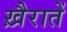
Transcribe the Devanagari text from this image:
ख़ैरातें